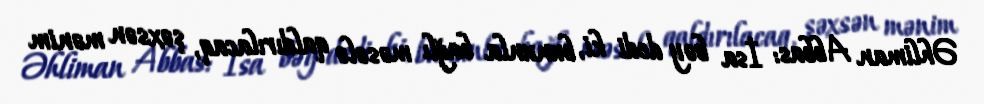
Əhliman Abbas: İsa bəy dedi ki, bununla bağlı məsələ qaldırılacaq, şəxsən mənim